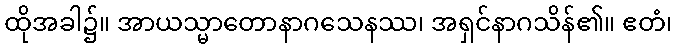
ထိုအခါ၌။ အာယသ္မာတောနာဂသေနဿ၊ အရှင်နာဂသိန်၏။ ဧတံ၊